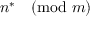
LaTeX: n ^ { * } { \pmod { m } }